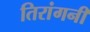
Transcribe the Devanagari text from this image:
तिरांगनी